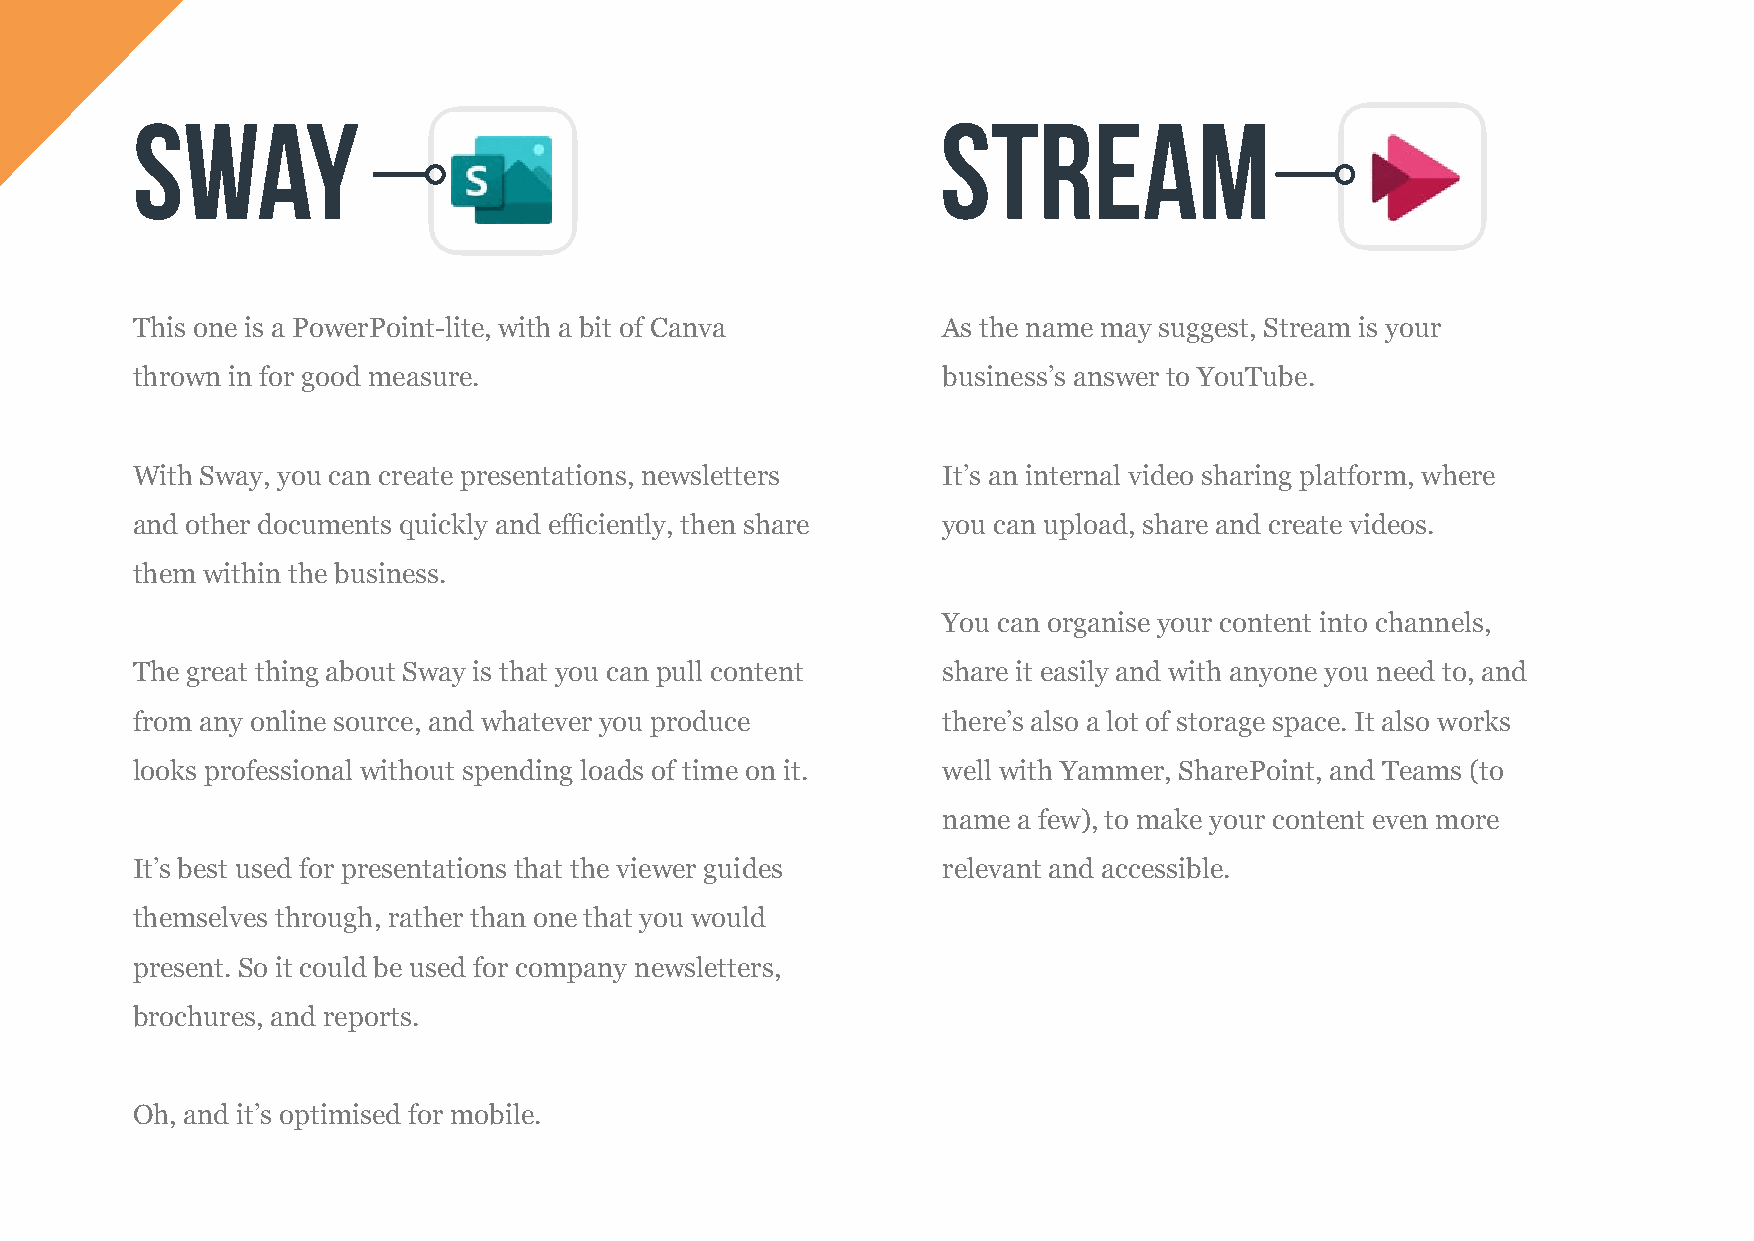
Sway                                                 Stream
 This one is a PowerPoint-lite, with a bit of Canva   As the name may suggest, Stream is your
 thrown in for good measure.                          business’s answer to YouTube.
 With Sway, you can create presentations, newsletters It’s an internal video sharing platform, where
 and other documents quickly and efficiently, then share you can upload, share and create videos.
 them within the business.
 You can organise your content into channels,
 The great thing about Sway is that you can pull content share it easily and with anyone you need to, and
 from any online source, and whatever you produce     there’s also a lot of storage space. It also works
 looks professional without spending loads of time on it. well with Yammer, SharePoint, and Teams (to
 name a few), to make your content even more
 It’s best used for presentations that the viewer guides relevant and accessible.
 themselves through, rather than one that you would
 present. So it could be used for company newsletters,
 brochures, and reports.
 Oh, and it’s optimised for mobile.